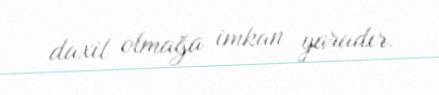
daxil olmağa imkan yaradır.